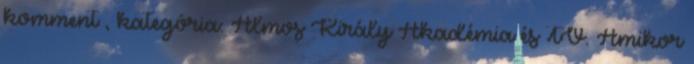
komment , kategória: Álmos Király Akadémia és TV. Amikor